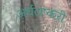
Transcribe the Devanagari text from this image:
अर्धलष्करी